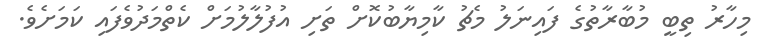
މިހާރު ތިބީ މުބާރާތުގެ ފައިނަލު މެޗު ކާމިޔާބުކޮށް ތަށި އުފުލާލުމަށް ކެތްމަދުވެފައި ކަމަށެވެ.